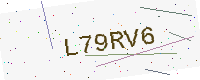
Text: L79RV6